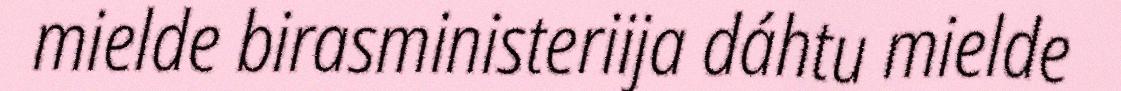
mielde birasministeriija dáhtu mielde